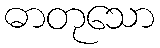
ဓာတုသော